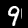
Digit: 9